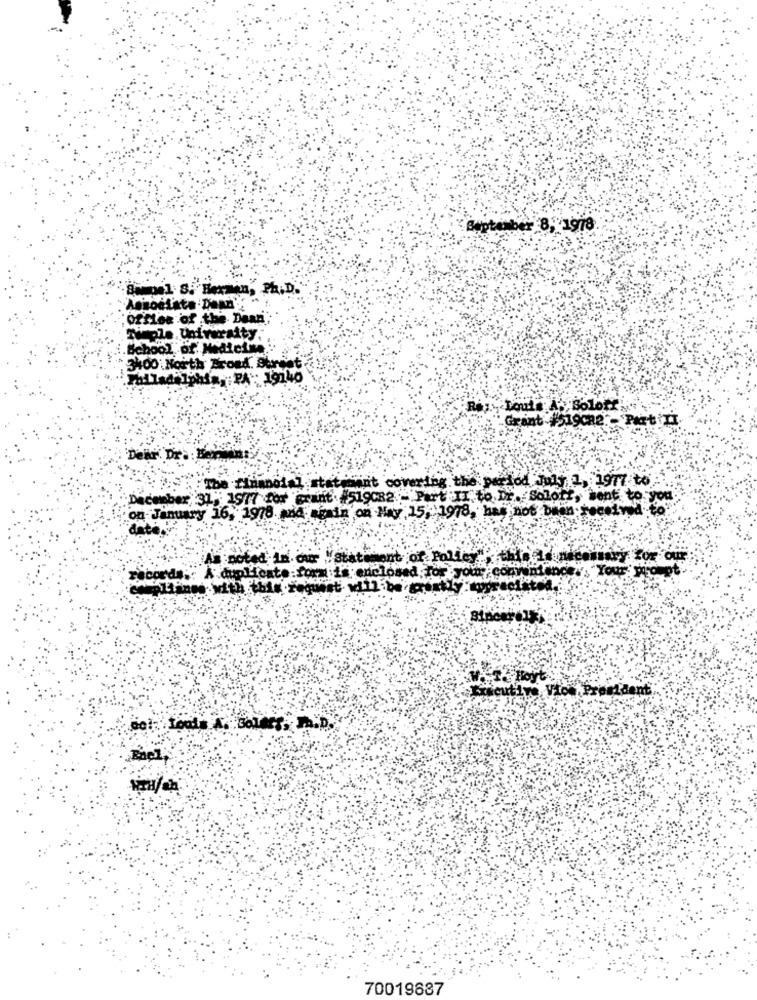
September 8, 1978
Sampel S. Herman, Ph.D.
Office of .the Dean
nicole University.
School of Medicine
3400 North Broad. Burnet
Philadelphia,PA : 19140
Grant #519082- Part Ti
Dekr. Dr .: Ben
steain't covering the period July 1, 1977 to
December 31, 1917 for Grant #519082- Part II to Dr. Solorz, sent to you
on January 16, 1978 and again on May, 15, 1978, has not bean received to"
As noted in. carr "statement of Policy"
records .: A duplicate forx is enclosed for your convenience ., Your: wore
Hoyt
Frecutive Vice President
70019687